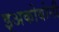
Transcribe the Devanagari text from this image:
इअकोबोनी